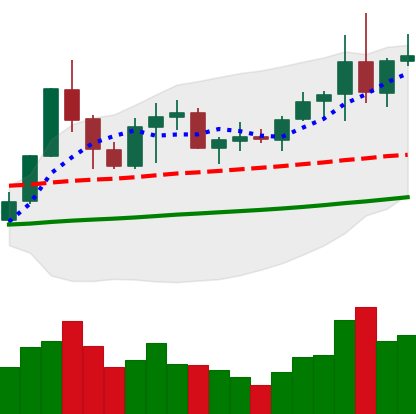
Ticker: NEO-USD
Chart end date: 2019-06-01
Forward return: -14.626%
Label: down_7plus